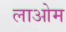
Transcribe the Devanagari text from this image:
लाओम